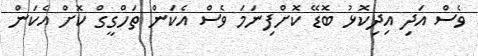
ވެސް އަދި އިދިކޮޅު ބޮޑޭ ކޮށްފިނަމަ ވެސް އެކަން ތަހްގީގް ކޮށް އެކަން